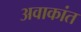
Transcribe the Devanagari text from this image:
अवाकांत